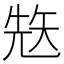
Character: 𥏋